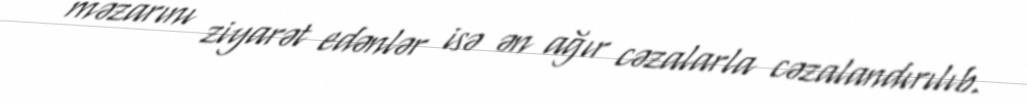
məzarını ziyarət edənlər isə ən ağır cəzalarla cəzalandırılıb.